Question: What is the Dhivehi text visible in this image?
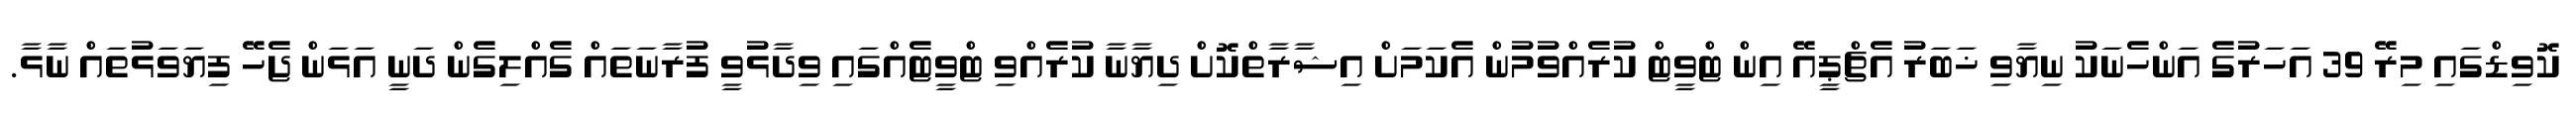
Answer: ކޮވިޑްގައި މިރޭ 39 އަހަރުގެ އަންހެނަކު ނިޔާވި ޚަބަރު އެޗްޕީއޭ އިން ޓްވީޓް ކުރެއްވުމުން އެކަމަށް އިޝާރާތްކޮށް ދިޔާނާ ކުރެއްވި ޓްވީޓެއްގައި ވިދާޅުވީ ފުރާނަތައް ގެއްލިގެން ދަނީ އަޅަން ޖެހޭ ފިޔަވަޅުތައް ނާޅާ.